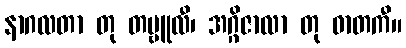
နာဂလတာ တု တမ္ဗူလီ၊ အဂ္ဂိဇာလာ တု ဓာတကီ။